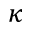
\kappa